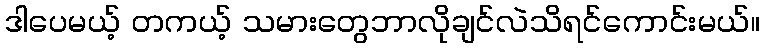
ဒါပေမယ့် တကယ့် သမားတွေဘာလိုချင်လဲသိရင်ကောင်းမယ်။